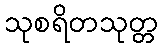
သုစရိတသုတ္တ